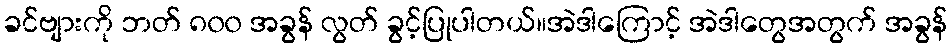
ခင်ဗျားကို ဘတ် ၈၀၀ အခွန် လွတ် ခွင့်ပြုပါတယ်။အဲဒါကြောင့် အဲဒါတွေအတွက် အခွန်